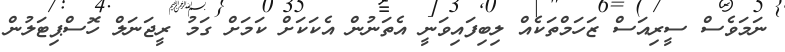
ނަމަވެސް ސީރިއަސް ޒަހަމްތަކެއް ލިބިފައިވަނީ އެތަނުން އެކަކަށް ކަމަށް ގަމު ރީޖަނަލް ހޮސްޕިޓަލުން